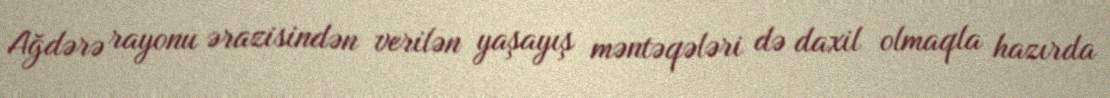
Ağdərə rayonu ərazisindən verilən yaşayış məntəqələri də daxil olmaqla hazırda